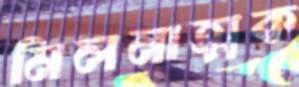
মিলনাত্মক